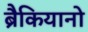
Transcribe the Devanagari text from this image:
ब्रैकियानो